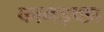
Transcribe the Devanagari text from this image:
कामइच्‍छा